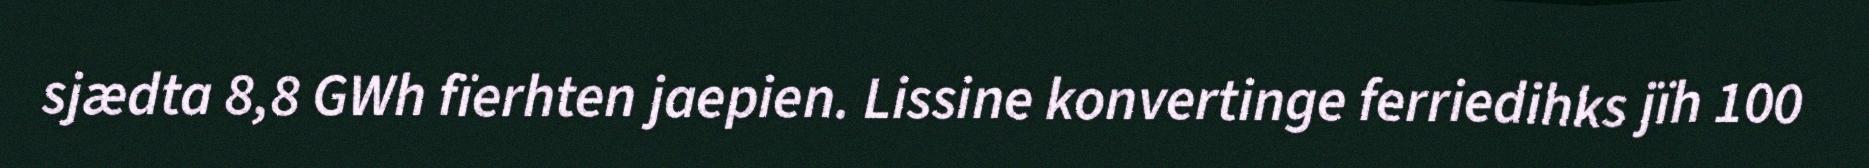
sjædta 8,8 GWh fïerhten jaepien. Lissine konvertinge ferriedihks jïh 100